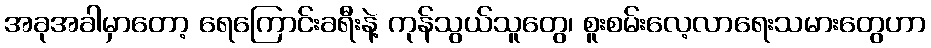
အခုအခါမှာတော့ ရေကြောင်းခရီးနဲ့ ကုန်သွယ်သူတွေ၊ စူးစမ်းလေ့လာရေးသမားတွေဟာ